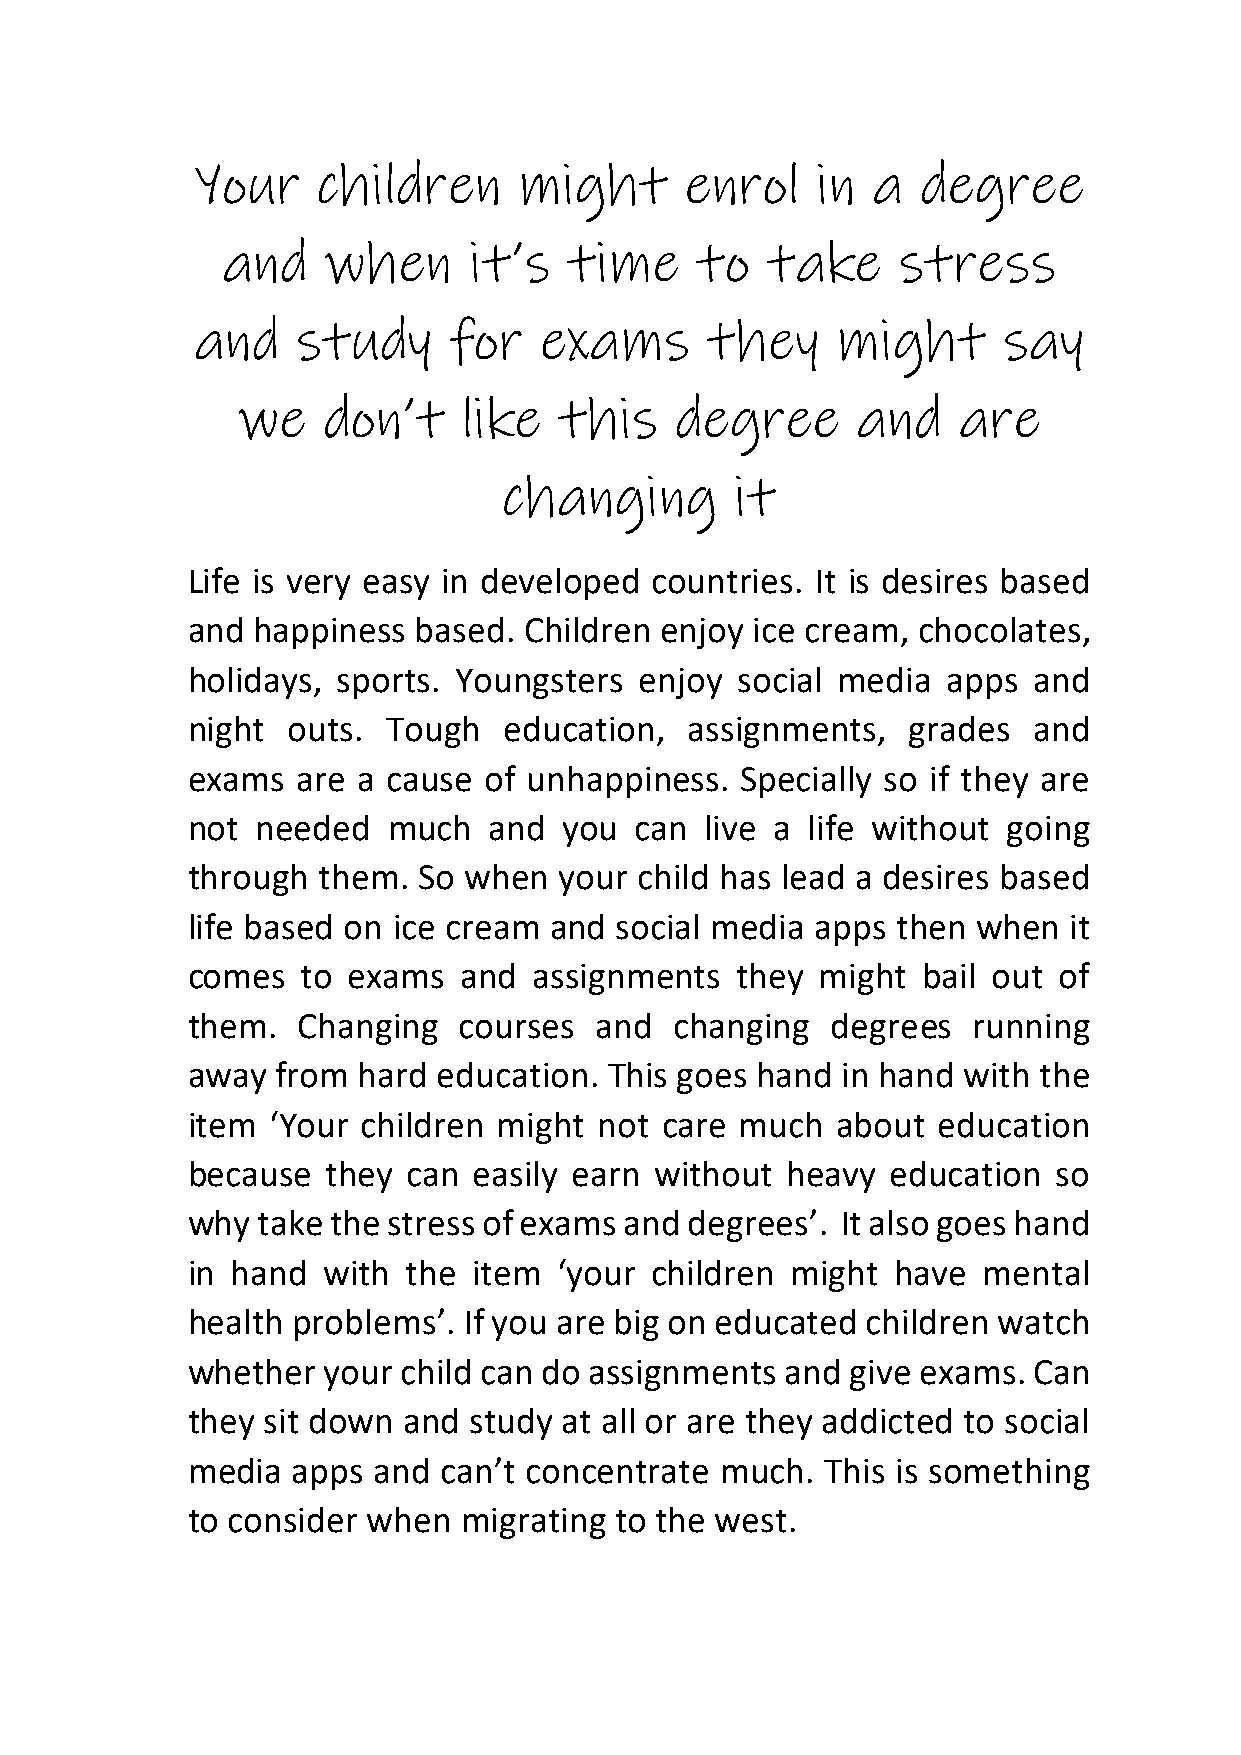
Your    children     might      enrol    in  a  degree
 and   when      it’s   time    to   take    stress
 and    study     for   exams      they    might      say
 we   don’t     like  this    degree      and   are
 changing        it
 Life is very easy in developed countries. It is desires based
 and  happiness based.  Children enjoy ice cream, chocolates,
 holidays, sports. Youngsters  enjoy  social media  apps and
 night  outs.  Tough  education,   assignments,  grades  and
 exams   are a cause of unhappiness.  Specially so if they are
 not  needed   much  and  you  can  live a life without going
 through  them.  So when  your child has lead a desires based
 life based on ice cream and  social media apps then  when  it
 comes   to exams  and  assignments   they might  bail out of
 them.   Changing  courses  and   changing  degrees  running
 away  from  hard education. This goes hand  in hand with the
 item  ‘Your children might  not care much  about  education
 because   they can easily earn without  heavy  education  so
 why  take the stress of exams and degrees’. It also goes hand
 in hand  with  the item  ‘your children might  have  mental
 health problems’.  If you are big on educated children watch
 whether  your  child can do assignments and give exams. Can
 they sit down  and study at all or are they addicted to social
 media  apps  and can’t concentrate  much.  This is something
 to consider when  migrating  to the west.